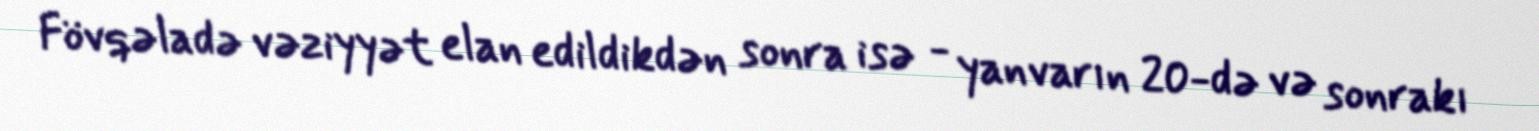
Fövqəladə vəziyyət elan edildikdən sonra isə - yanvarın 20-də və sonrakı